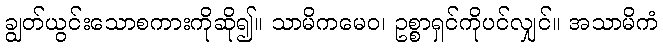
ချွတ်ယွင်းသောစကားကိုဆို၍။ သာမိကမေဝ၊ ဥစ္စာရှင်ကိုပင်လျှင်။ အသာမိကံ